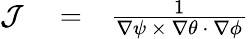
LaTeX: \begin{array}{rlr}{{\cal J}}&{{}=}&{\frac 1{{\mathbf\nabla}\psi~{\mathbf\times}~{\mathbf\nabla}\theta~{\mathbf\cdot}~{\mathbf\nabla}\phi}}\end{array}